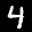
Label: 4